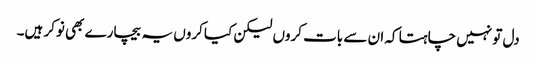
دل تو نہیں چاہتا کہ ان سے بات کروں لیکن کیا کروں یہ بیچارے بھی نوکر ہیں۔